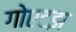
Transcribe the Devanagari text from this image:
गोएटझ